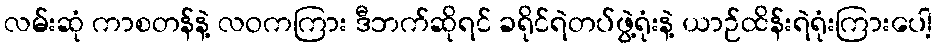
လမ်းဆုံ ကာစတန်နဲ့ လဝကကြား ဒီဘက်ဆိုရင် ခရိုင်ရဲတပ်ဖွဲ့ရုံးနဲ့ ယာဉ်ထိန်းရဲရုံးကြားပေါ့